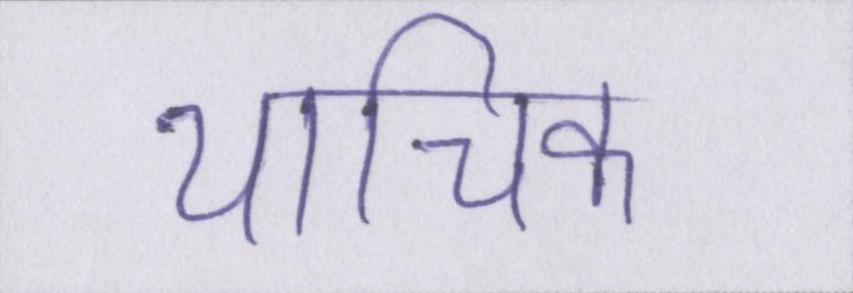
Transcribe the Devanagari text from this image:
याचिका